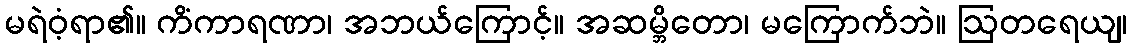
မရဲဝံ့ရာ၏။ ကိံကာရဏာ၊ အဘယ်ကြောင့်။ အဆမ္ဘိတော၊ မကြောက်ဘဲ။ ဩတရေယျ၊